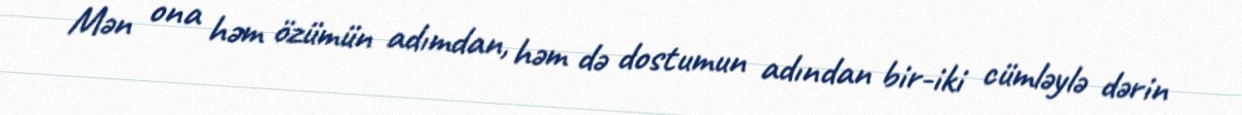
Mən ona həm özümün adımdan, həm də dostumun adından bir-iki cümləylə dərin